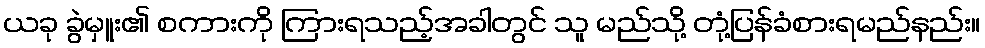
ယခု ခွဲမှူး၏ စကားကို ကြားရသည့်အခါတွင် သူ မည်သို့ တုံ့ပြန်ခံစားရမည်နည်း။